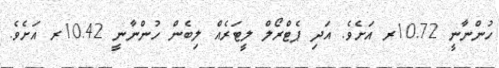
ހުންނާނީ 10.72ރ އަށެވެ. އަދި ޕެޓްރޯލް ލީޓަރެއް ލިބެން ހުންނާނީ 10.42ރ އަށެވެ.